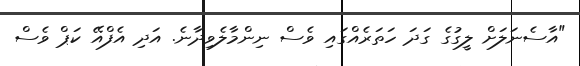
"އާސެނަލަށް ލީގުގެ ގަދަ ހަތަރެއްގައި ވެސް ނިންމާލެވިދާނެ. އަދި އެފްއޭ ކަޕް ވެސް